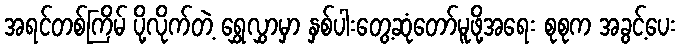
အရင်တစ်ကြိမ် ပို့လိုက်တဲ့ ရွှေလွှာမှာ နှစ်ပါးတွေ့ဆုံတော်မူဖို့အရေး စုစုက အခွင့်ပေး